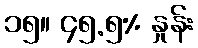
၁၅။ ၄၅.၅% နှုန်း